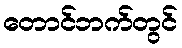
တောင်ဘက်တွင်